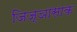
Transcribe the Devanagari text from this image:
जिज्ञासाक